Vaccination in Bombay 1863-1868 - 1863-1868
Year: 1863
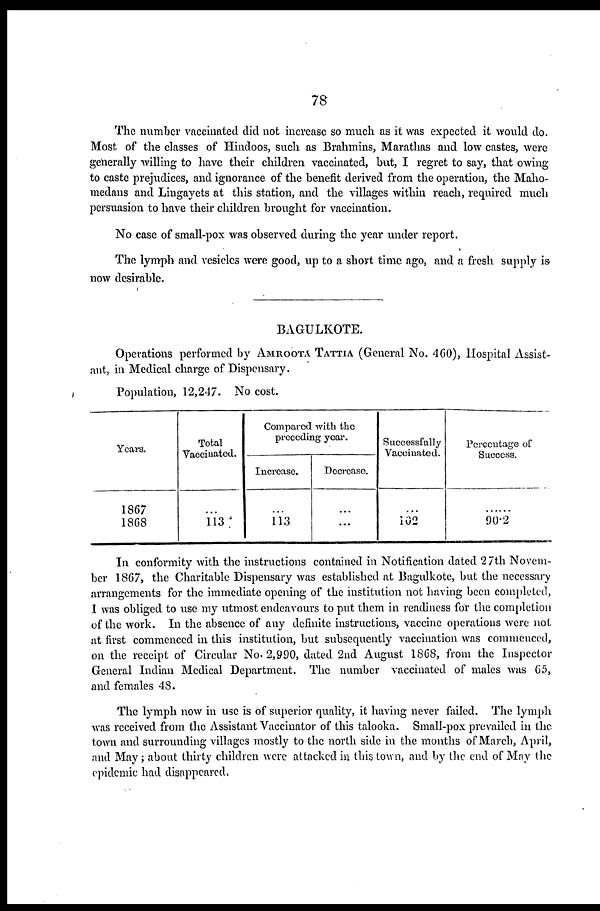
78
The number vaccinated did not increase so much as it was expected it would do.
Most of the classes of Hindoos, such as Brahmins, Marathas and low castes, were
generally willing to have their children vaccinated, but, I regret to say, that owing
to caste prejudices, and ignorance of the benefit derived from the operation, the Maho¬
medans and Lingayets at this station, and the villages within reach, required much
persuasion to have their children brought for vaccination.
No case of small-pox was observed during the year under report.
The lymph and vesicles were good, up to a short time ago, and a fresh supply is
now desirable.
BAGULKOTE.
Operations performed by AMROOTA TATTIA (General No. 460), Hospital Assist-
ant, in Medical charge of Dispensary.
Population, 12,247. No cost.
Years.
1867
1868
Total
Vaccinated.
....
113
Compared with the
preceding year.
Increase.
....
113
Decrease.
....
...
Successfully
Vaccinated.
....
102
Percentage of
Success.
....
90.2
In conformity with the instructions contained in Notification dated 2 7th Novem-
ber 1867, the Charitable Dispensary was established at Bagulkote, but the necessary
arrangements for the immediate opening of the institution not having been completed,
I was obliged to use my utmost endcavours to put them in readiness for the completion
of the work. In the absence of any definite instructions, vaccine operations were not
at first commenced in this institution, but subsequently vaccination was commenced,
on the receipt of Circular No. 2,990, dated 2nd August 1868, from the Inspector
General Indian Medical Department. The number vaccinated of males was 65,
and females 48.
The lymph now in use is of superior quality, it having never failed. The lymph
was received from the Assistant Vaccinator of this talooka. Small-pox prevailed in the
town and surrounding villages mostly to the north side in the months of March, April,
and May ; about thirty children were attacked in this town, and by the end of May the
epidemic had disappeared.